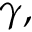
\gamma ,